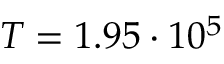
T = 1 . 9 5 \cdot 1 0 ^ { 5 }